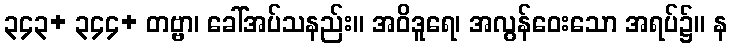
၃၄၃+ ၃၄၄+ တဗ္ဗာ၊ ခေါ်အပ်သနည်း။ အဝိဒူရေ၊ အလွန်ဝေးသော အရပ်၌။ န